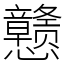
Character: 戆